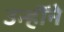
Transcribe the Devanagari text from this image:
उन्हॊंने